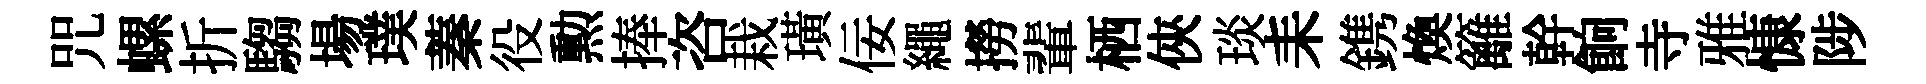
咒螺折騶場璞蓁役勲捧咨栽璜佞繩撈輩栖俠琰耒鎸煥籬幹餉寺雅慷陟